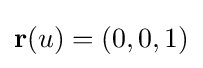
\mathbf {r} (u)=(0,0,1)